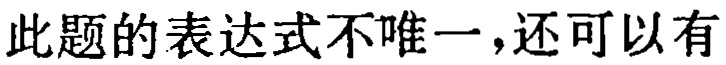
此题的表达式不唯一,还可以有